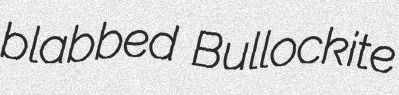
blabbed Bullockite